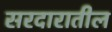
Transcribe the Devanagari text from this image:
सरदारातील